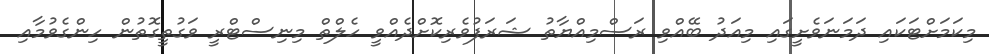
މިކަމަށްޓަކައި ދަމަނަވެށީގައި މިއަދު ބޭއްވި ރަސްމިއްޔާތު ޝަރަފުވެރިކޮށްދެއްވީ ހެލްތް މިނިސްޓްރީ ވަގުތީގޮތުން ހިންގެވުމާއި